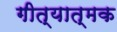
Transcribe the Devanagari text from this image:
गीत्यात्मक